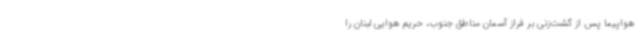
هواپیما پس از گشت‌زنی بر فراز آسمان مناطق جنوب، حریم هوایی لبنان را